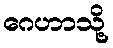
ဂေဟာသို့